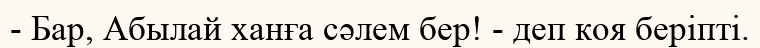
- Бар, Абылай ханға сәлем бер! - деп коя беріпті.